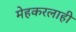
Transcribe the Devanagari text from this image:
मेहकरलाही